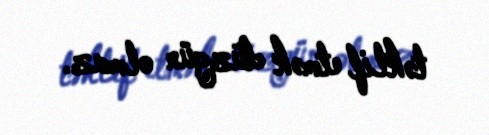
təklif etmək düzgün olmaz.